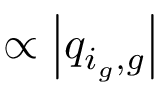
\propto \left| q _ { i _ { g } , g } \right|